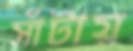
সাঁটায়